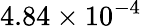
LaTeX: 4.84\times 10^{-4}